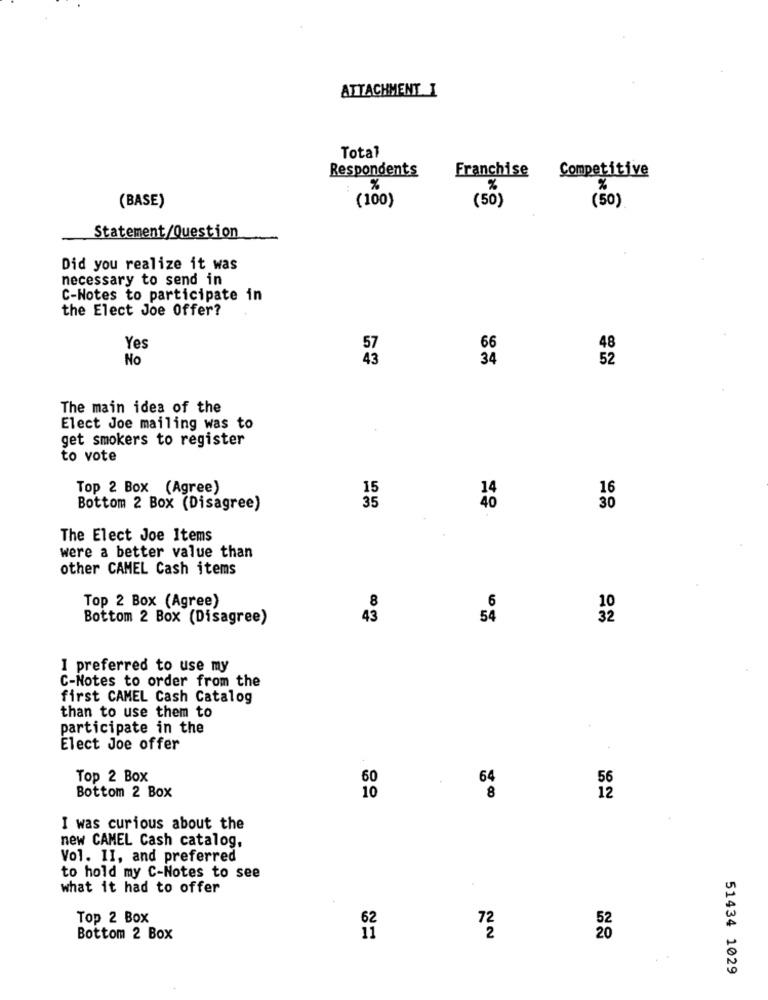
ATTACHMENT I
Total
Respondents
Franchise
Competitive
%
%
%
(BASE)
(100)
(50)
(50)
Statement/Question
Did you realize it was
necessary to send in
C-Notes to participate in
the Elect Joe Offer?
Yes
57
66
48
No
43
34
52
The main idea of the
Elect Joe mailing was to
get smokers to register
to vote
Top 2 Box (Agree)
15
16
35
14
Bottom 2 Box (Disagree)
30
The Elect Joe Items
were a better value than
other CAMEL Cash items
Top 2 Box (Agree)
Bottom 2 Box (Disagree)
I preferred to use my
C-Notes to order from the
first CAMEL Cash Catalog
than to use them to
participate in the
Elect Joe offer
Top 2 Box
60
64
56
Bottom 2 Box
10
8
12
I was curious about the
new CAMEL Cash catalog,
Vol. II, and preferred
to hold my C-Notes to see
what it had to offer
.
Top 2 Box
62
72
52
Bottom 2 Box
11
2
20
51434 1029